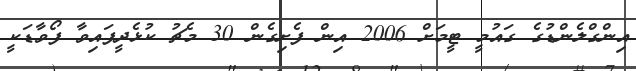
އިންގްލެންޑުގެ ގައުމީ ޓީމަށް 2006 އިން ފެށިގެން 30 މެޗު ކުޅެދީފައިވާ ފޯވާޑަކީ